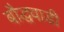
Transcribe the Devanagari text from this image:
बौद्धवाडी